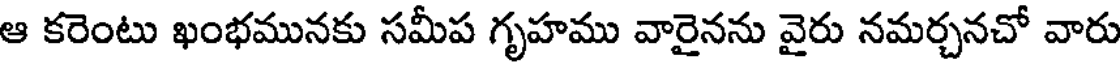
ఆ కరెంటు ఖంభమునకు సమీప గృహము వారైనను వైరు నమర్చనచో వారు